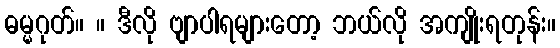
ဓမ္မဂုတ်။ ။ ဒီလို ဗျာပါရများတော့ ဘယ်လို အကျိုးရတုန်း။